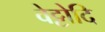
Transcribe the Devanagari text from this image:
वेट्टोदि